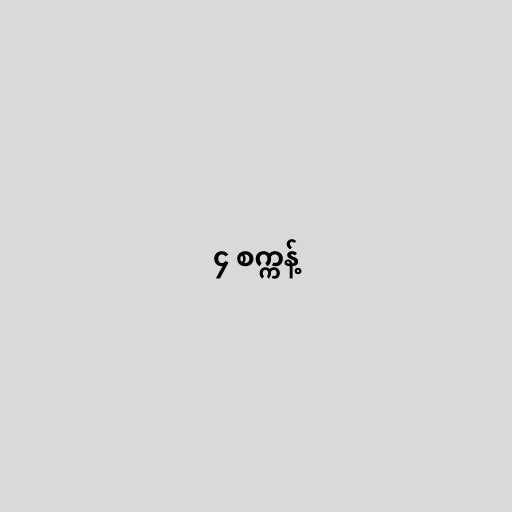
၄ စက္ကန့်